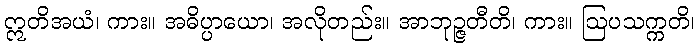
ဣတိအယံ၊ ကား။ အဓိပ္ပာယော၊ အလိုတည်း။ အာဘုဉ္ဇတီတိ၊ ကား။ ဩပသက္ကတိ၊